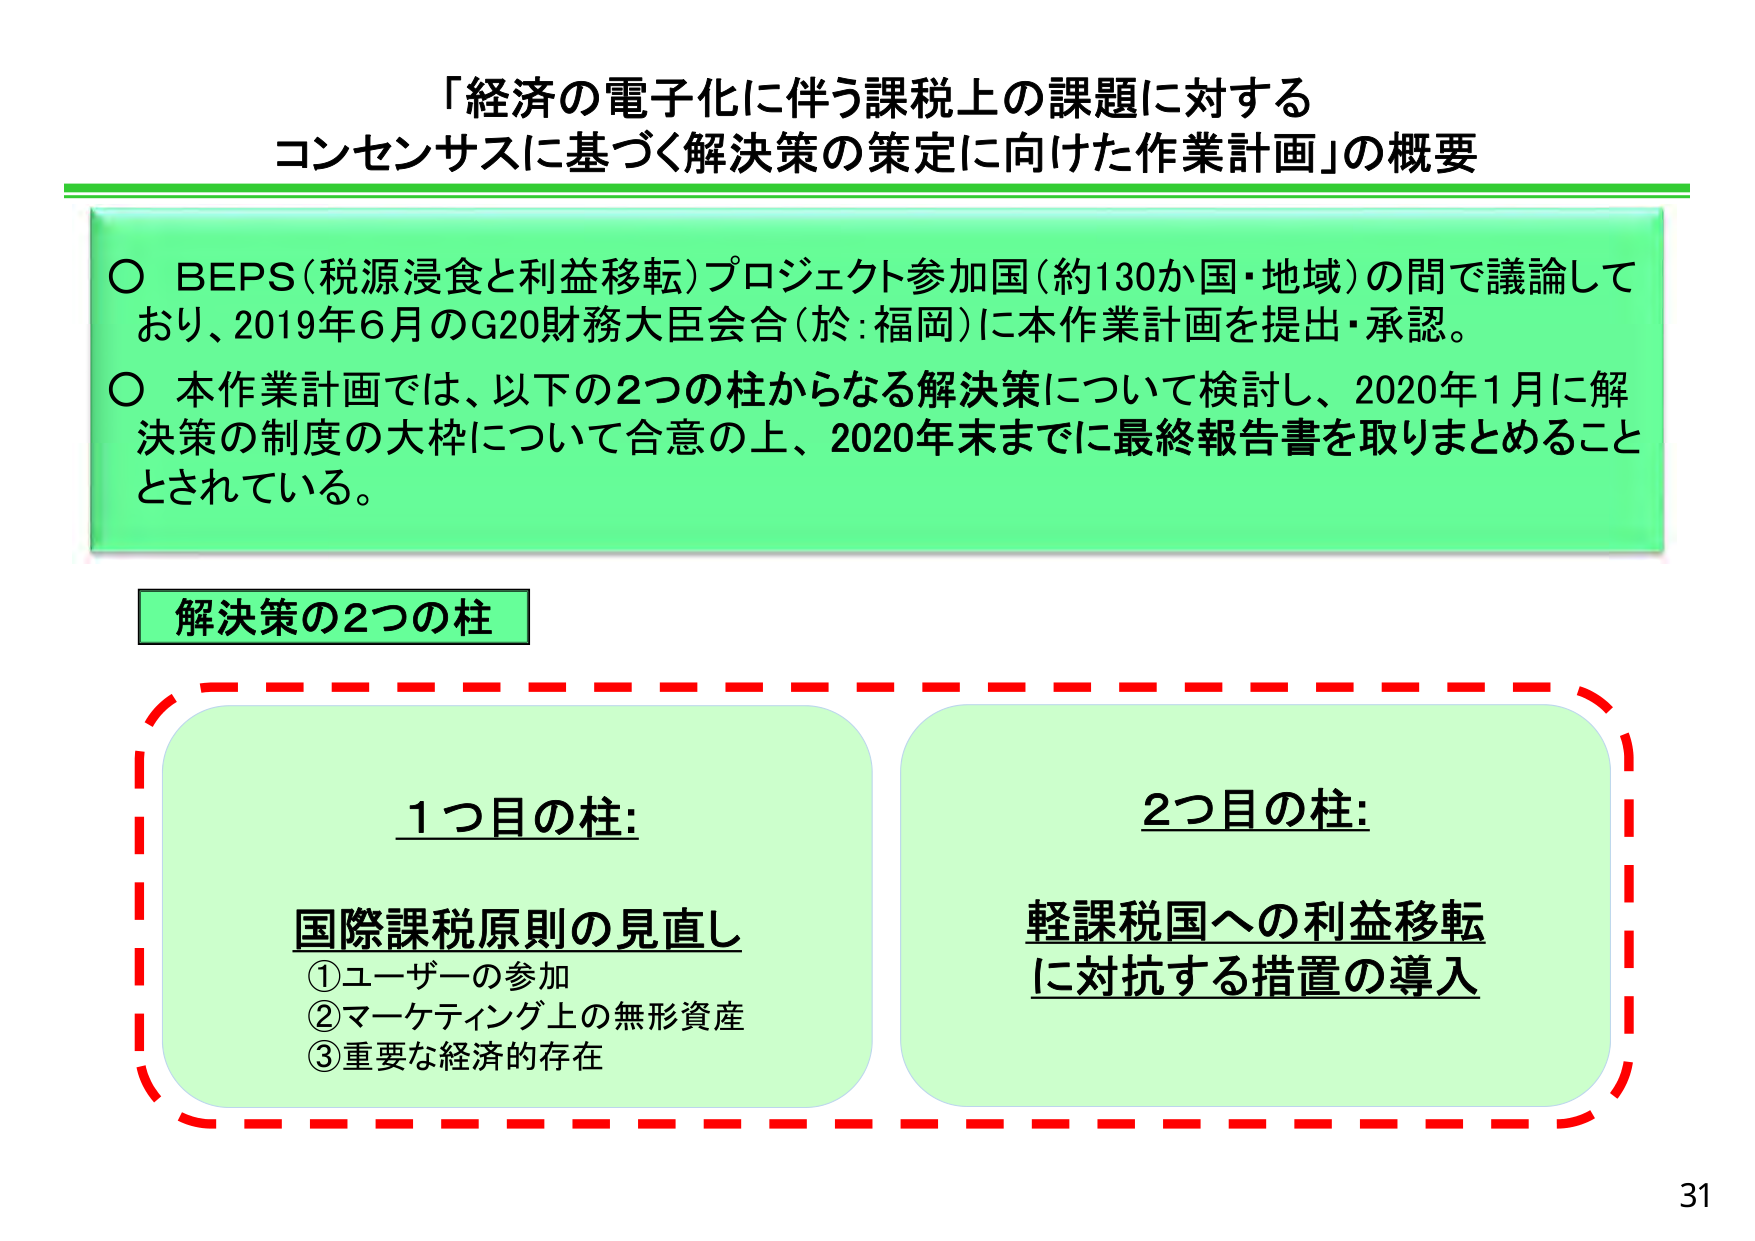
「経済の電子化に伴う課税上の課題に対する
コンセンサスに基づく解決策の策定に向けた作業計画」の概要

○ BEPS（税源浸食と利益移転）プロジェクト参加国（約130か国・地域）の間で議論しており、2019年6月のG20財務大臣会合（於：福岡）に本作業計画を提出・承認。
○ 本作業計画では、以下の2つの柱からなる解決策について検討し、2020年1月に解決策の制度の大枠について合意の上、2020年末までに最終報告書を取りまとめることがされている。

解決策の2つの柱

1つ目の柱：
国際課税原則の見直し
① ユーザーの参加
② マーケティング上の無形資産
③ 重要な経済的存在

2つ目の柱：
軽課税国への利益移転
に対抗する措置の導入

31